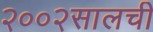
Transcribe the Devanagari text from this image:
२००२सालची